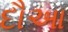
દૌઆ